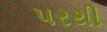
પરથી